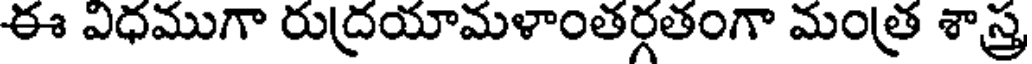
ఈ ఎధముగా రుద్రయామళాంతర్గతంగా మంత్ర శాస్త్ర